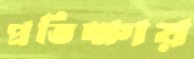
প্রতিক্ষায়